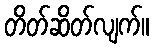
တိတ်ဆိတ်လျက်။